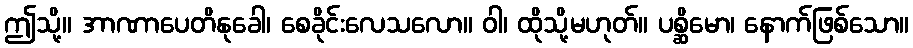
ဤသို့။ အာဏာပေတိနုခေါ၊ စေခိုင်းလေသလော။ ဝါ၊ ထိုသို့မဟုတ်။ ပစ္ဆိမော၊ နောက်ဖြစ်သော။